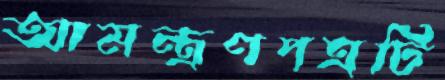
আমন্ত্রণপত্রটি